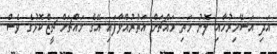
އަދި އަސޭމިރުހާއި ލޮނު މަތި މައްޗަށް އަތުރުއްވާފައި އޭގެ މައްޗަށް ޗީޒްކޮޅުގެ ވެސް